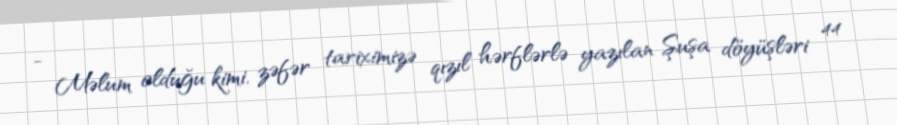
- Məlum olduğu kimi, zəfər tariximizə qızıl hərflərlə yazılan Şuşa döyüşləri 44